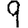
Digit: 9